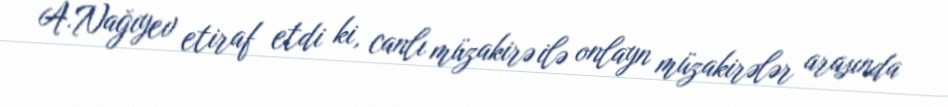
A.Nağıyev etiraf etdi ki, canlı müzakirə ilə onlayn müzakirələr arasında